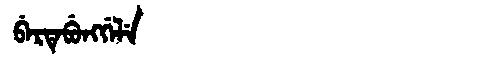
Manchu: ᠪᡝᡵᡨᡝᠪᡠᠩᡤᡝᠯᡝ
Romanization: BERTEBUNGGELE